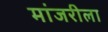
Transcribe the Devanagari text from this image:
मांजरीला